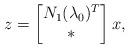
LaTeX: \begin{align*}z=\begin{bmatrix}N_1(\lambda_0)^T \\ *\end{bmatrix}x,\end{align*}